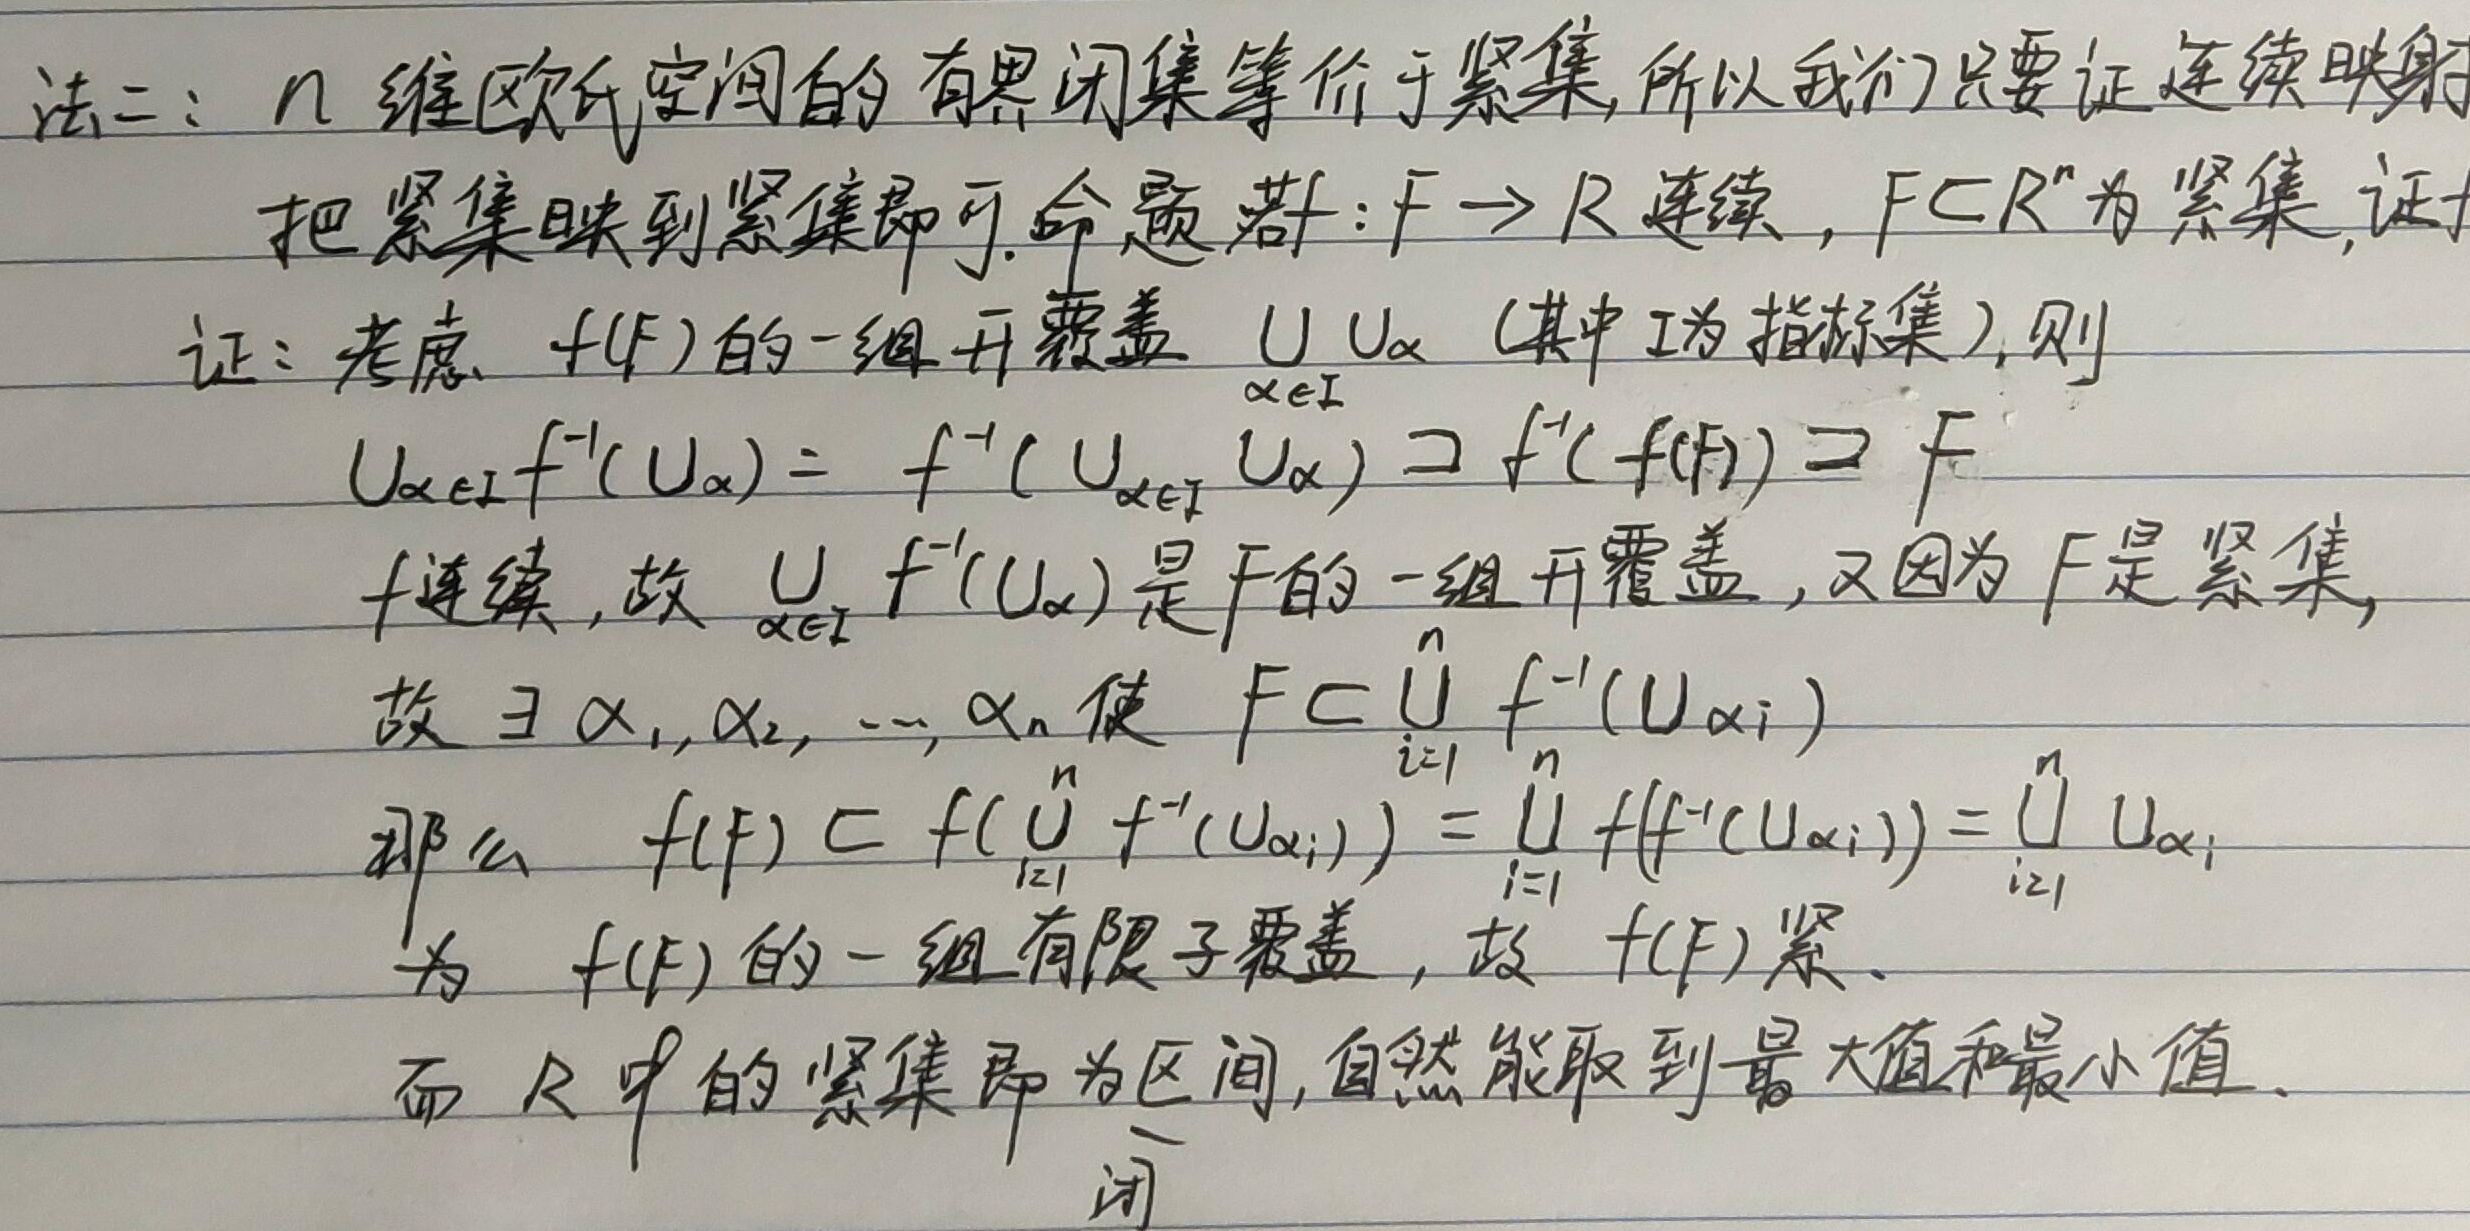
法二：$n$维欧氏空间的有界闭集等价于紧集, 所以我们只要证连续映射
把紧集映到紧集即可. 命题若：$f: F \to \mathbb{R}$连续，$F \subset \mathbb{R}^n$为紧集, 证
证：考虑$f(F)$的一组开覆盖$\bigcup_{\alpha \in I} U_{\alpha}$（其中$I$为指标集）, 则
\[
\bigcup_{\alpha \in I} f^{-1}(U_{\alpha})= f^{-1}(\bigcup_{\alpha \in I} U_{\alpha}) \supset f^{-1}(f(F)) \supset F
\]
$f$连续, 故$\bigcup_{\alpha \in I} f^{-1}(U_{\alpha})$是$F$的一组开覆盖, 又因为$F$是紧集,
故$\exists \alpha_1, \alpha_2, \cdots, \alpha_n$使$F \subset \bigcup_{i = 1}^{n} f^{-1}(U_{\alpha_i})$
那么$f(F) \subset f(\bigcup_{i = 1}^{n} f^{-1}(U_{\alpha_i})) = \bigcup_{i = 1}^{n} f(f^{-1}(U_{\alpha_i})) = \bigcup_{i = 1}^{n} U_{\alpha_i}$
为$f(F)$的一组有限子覆盖, 故$f(F)$紧.
而$\mathbb{R}$中的紧集即为区间, 自然能取到最大值和最小值.
闭